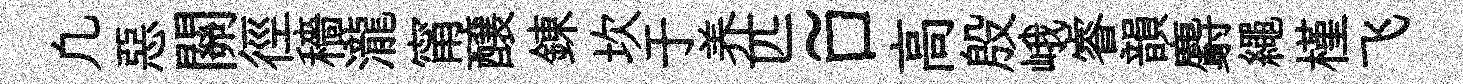
凢惡關徑穡瀧甯醸錬坎于养匹~口高殷峨睿韻麝繩槿飞